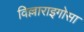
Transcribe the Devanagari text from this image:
विल्लाराइगोसा